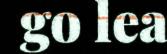
go lea